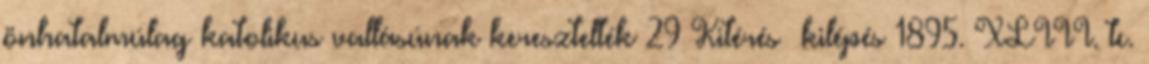
önhatalmúlag katolikus vallásúnak keresztelték 29 Kitérés kilépés 1895. XLIII. tc.